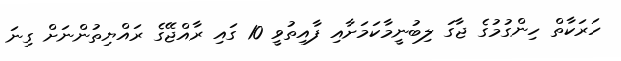
ހަރަކާތް ހިންގުމުގެ ޖާގަ ލިބުނީމާކަމަށާއި ފާއިތުވީ 10 ގައި ރާއްޖޭގެ ރައްޔިތުންނަށް ގިނަ